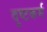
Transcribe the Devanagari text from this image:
दुष्टकर्म